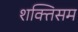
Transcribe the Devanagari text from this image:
शक्तिसम